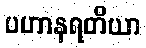
ပဟာနရတိယာ